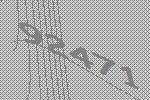
92471